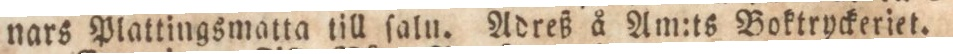
nars Plattingsmatta till ſaln. Adreß å Am:ts Boktryckeriet.